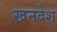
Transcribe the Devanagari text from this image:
खनदेश